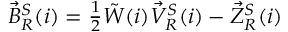
\begin{array} { r } { \vec { B } _ { R } ^ { S } ( i ) = \frac { 1 } { 2 } \tilde { W } ( i ) \vec { V } _ { R } ^ { S } ( i ) - \vec { Z } _ { R } ^ { S } ( i ) } \end{array}